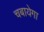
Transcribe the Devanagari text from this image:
चबायेगा